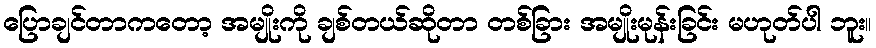
ပြောချင်တာကတော့ အမျိုးကို ချစ်တယ်ဆိုတာ တစ်ခြား အမျိုးမုန်းခြင်း မဟုတ်ပါ ဘူး။